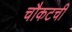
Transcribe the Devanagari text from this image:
चौकटची